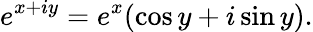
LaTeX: e^{x+iy}=e^{x}(\cos y+i\sin y).